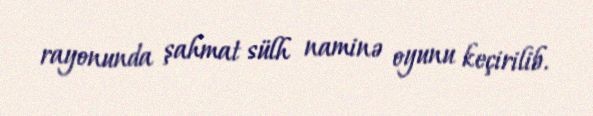
rayonunda şahmat sülh naminə oyunu keçirilib.